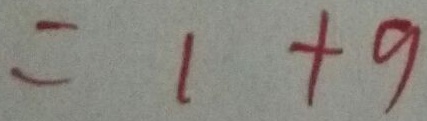
= 1 + 9